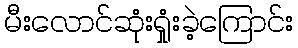
မီးလောင်ဆုံးရှုံးခဲ့ကြောင်း